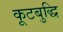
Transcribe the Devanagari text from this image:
कूटबुद्धि